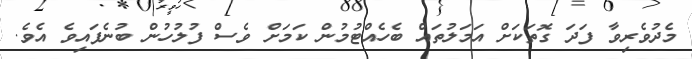
މެދުވެރިވާ ފަދަ ގޮތަކަށް އަމަލުތައް ބެހެއްޓުމުން ކަމަށް ވެސް ފުލުހުން ބުނެފައިވެ އެވެ.